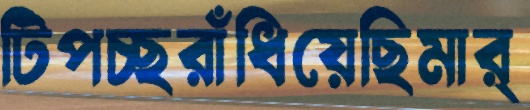
টিপচ্ছরাঁধিয়েছিমার্